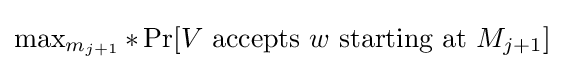
\max \nolimits _{m_{j+1}}*\Pr[V{\text{ accepts }}w{\text{ starting at }}M_{j+1}]